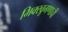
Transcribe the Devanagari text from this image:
भिक्खूगणाची